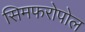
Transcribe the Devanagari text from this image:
सिमफरोपोल